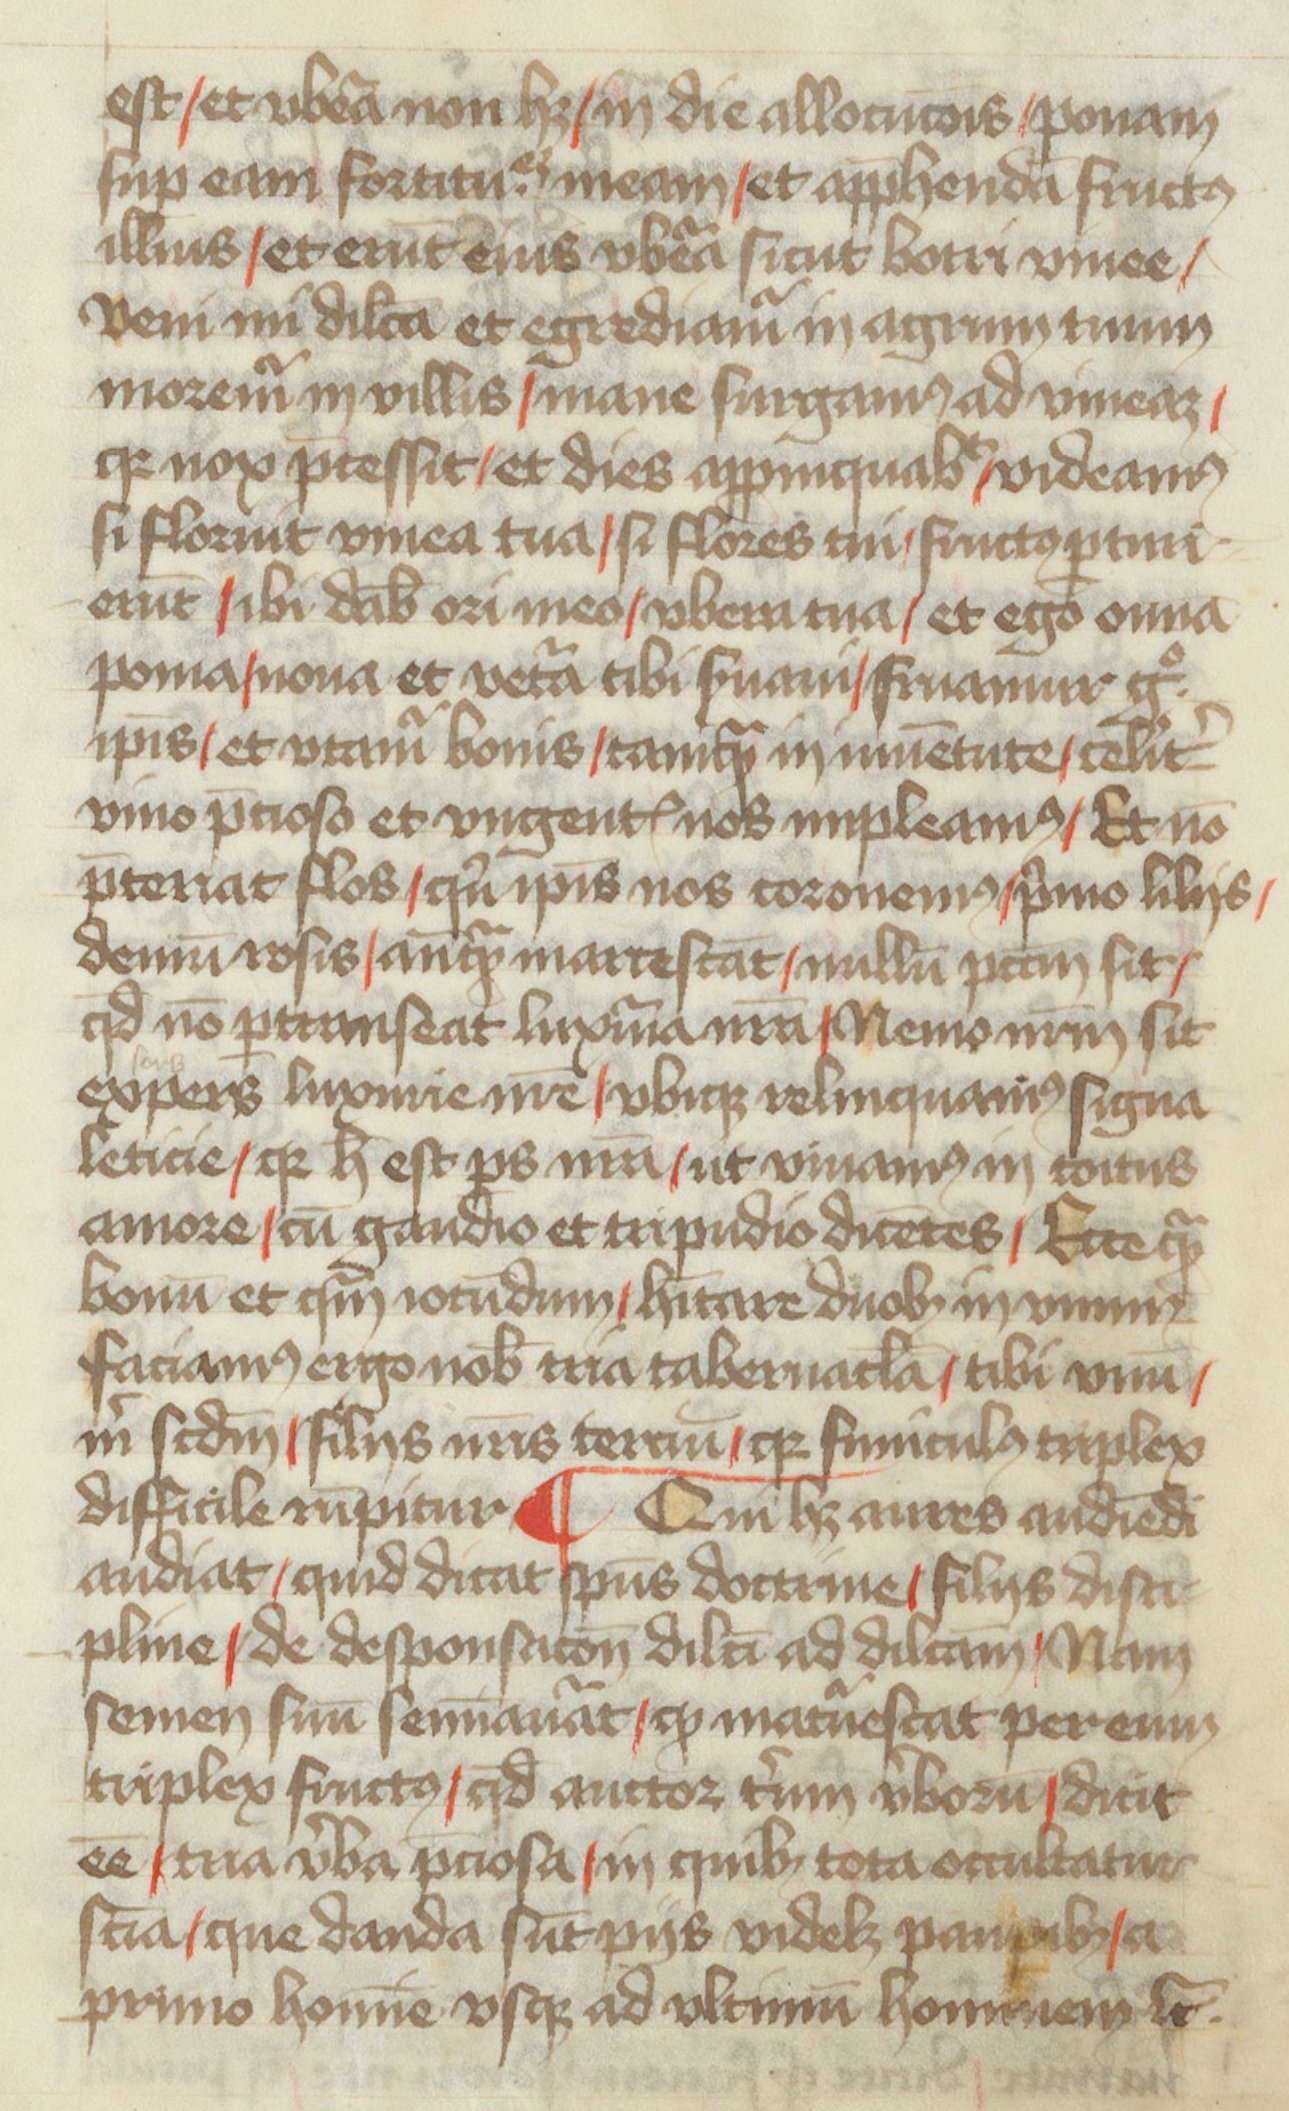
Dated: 1400–1499